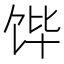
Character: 𮩛